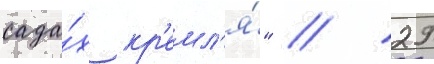
сада́х кр'емл'я́" // 29